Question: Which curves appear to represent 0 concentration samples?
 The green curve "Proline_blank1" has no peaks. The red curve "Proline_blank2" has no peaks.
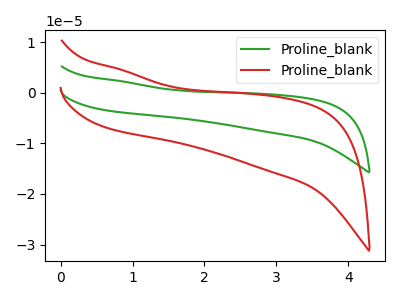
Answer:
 <answer>"Proline_blank1" and "Proline_blank2" are likely to be blanks.</answer>
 <eval>"Proline_blank1", "Proline_blank2"</eval>